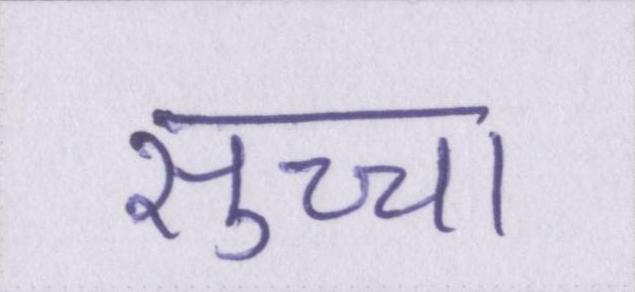
सुच्चा